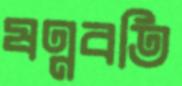
ষণ্ণবতি